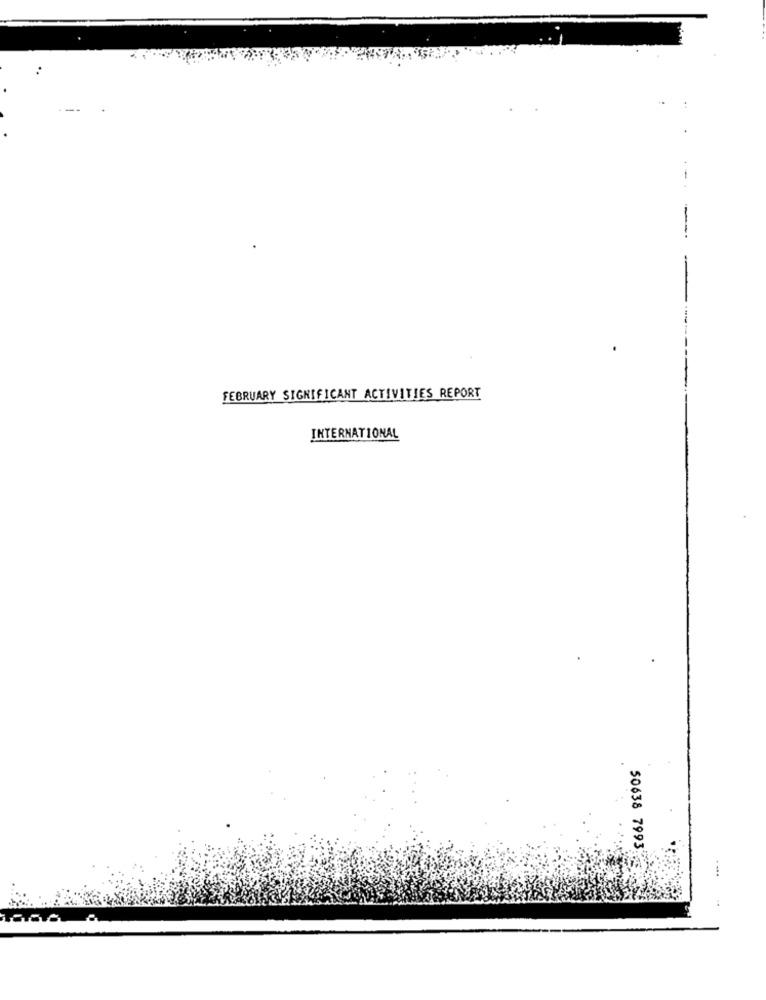
FEBRUARY SIGNIFICANT ACTIVITIES REPORT
INTERNATIONAL
50638 7993